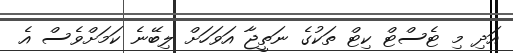
އަދި މި ޓެސްޓް ކިޓް ތަކުގެ ނަތީޖާ އަވަހަށް ލިބޭނެ ކަމަށްވެސް އެ